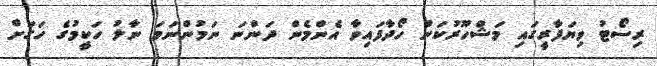
ރިސޯޓު ވިޔަފާރީގައި މަޝްހޫރުކަން ހޯދާފައިވާ އެންމެން ދަންނަ ނަމުންނަމަ ނާލު ހަކީމުގެ ހަގަށް